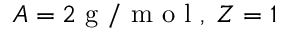
A = 2 { \mathrm { ~ g ~ / ~ m ~ o ~ l ~ } } , \; Z = 1